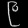
Digit: ၉